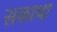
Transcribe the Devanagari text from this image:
सकाथा